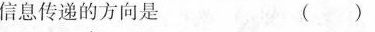
信息传递的方向是 ( )